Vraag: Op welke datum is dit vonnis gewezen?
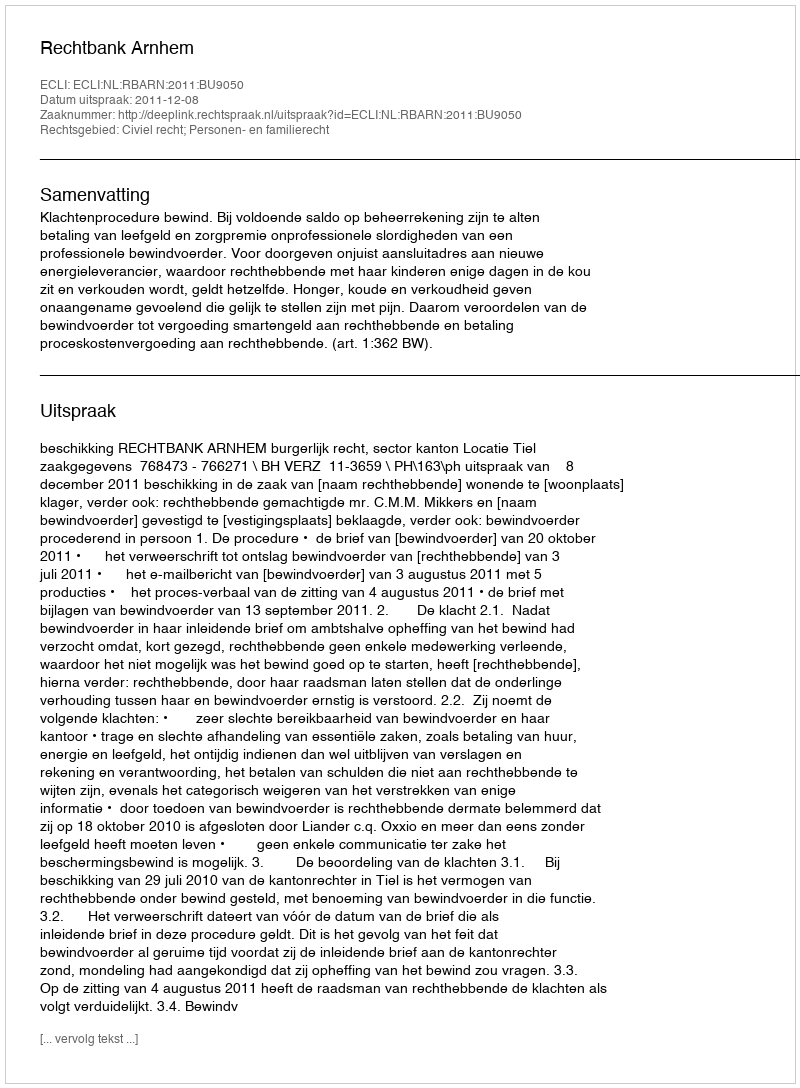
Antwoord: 2011-12-08